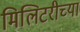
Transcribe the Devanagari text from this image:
मिलिटरीच्या